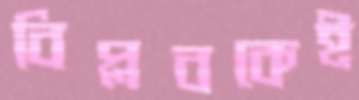
বিপ্লবকেই